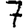
Digit: 7